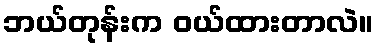
ဘယ်တုန်းက ဝယ်ထားတာလဲ။